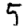
Digit: 5